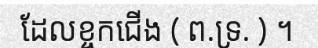
ដែលខ្ចកជើង ( ព.ទ្រ. ) ។